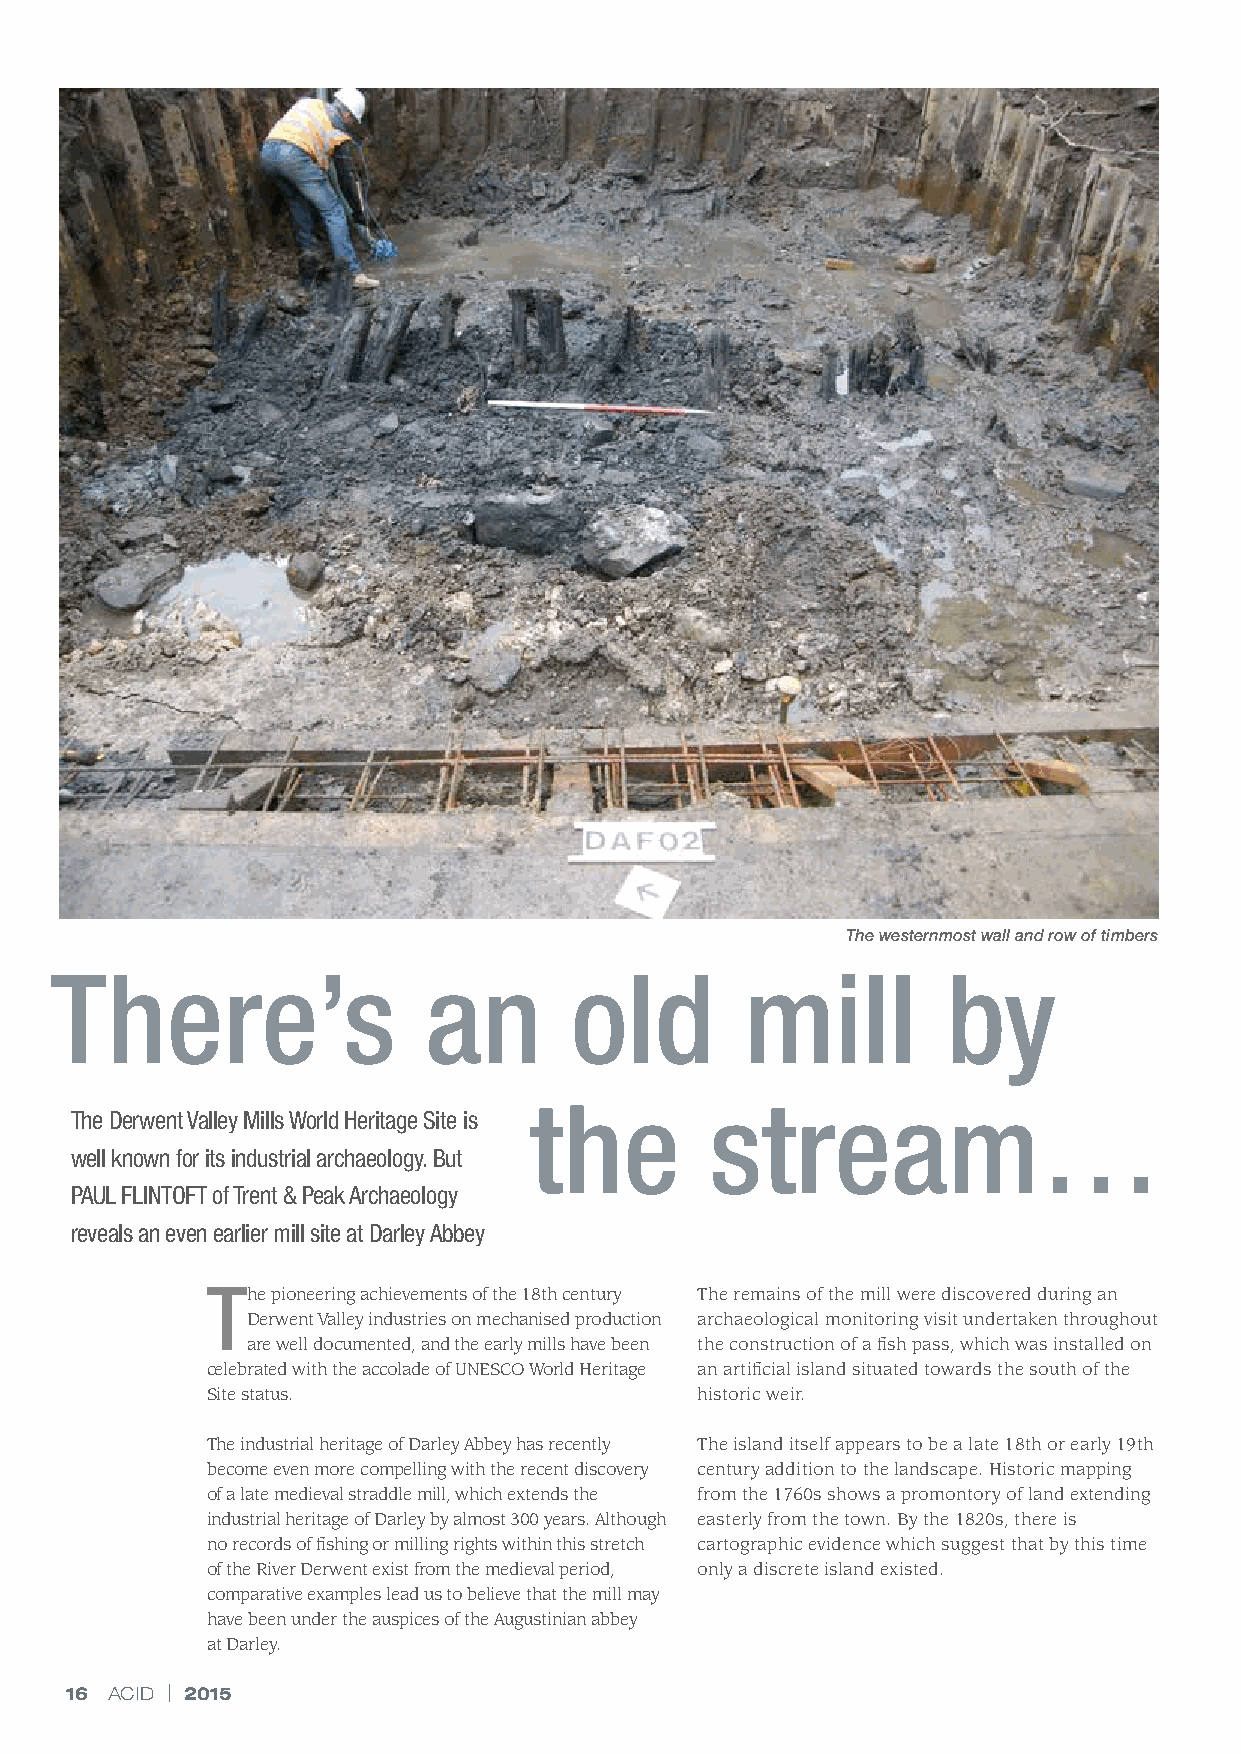
The westernmost wall and row of timbers
 There’s                  an        old        mill          by
 the         stream…
 The Derwent Valley Mills World Heritage Site is
 well known for its industrial archaeology. But
 PAUL FLINTOFT of Trent & Peak Archaeology
 reveals an even earlier mill site at Darley Abbey
 The pioneering achievements of the 18th century The remains of the mill were discovered during an
 Derwent Valley industries on mechanised production archaeological monitoring visit undertaken throughout
 are well documented, and the early mills have been the construction of a fish pass, which was installed on
 celebrated with the accolade of UNESCO World Heritage an artificial island situated towards the south of the
 Site status.                    historic weir.
 The industrial heritage of Darley Abbey has recently The island itself appears to be a late 18th or early 19th
 become even more compelling with the recent discovery century addition to the landscape. Historic mapping
 of a late medieval straddle mill, which extends the from the 1760s shows a promontory of land extending
 industrial heritage of Darley by almost 300 years. Although easterly from the town. By the 1820s, there is
 no records of fishing or milling rights within this stretch cartographic evidence which suggest that by this time
 of the River Derwent exist from the medieval period, only a discrete island existed.
 comparative examples lead us to believe that the mill may
 have been under the auspices of the Augustinian abbey
 Arbor Low in the sunshine
 at Darley.
 16 ACID | 2015